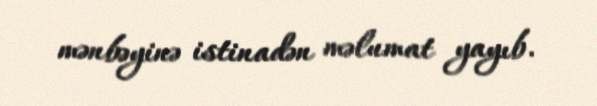
mənbəyinə istinadən məlumat yayıb.